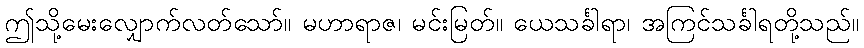
ဤသို့မေးလျှောက်လတ်သော်။ မဟာရာဇ၊ မင်းမြတ်။ ယေသင်္ခါရာ၊ အကြင်သင်္ခါရတို့သည်။